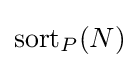
{\textrm {sort}}_{P}(N)